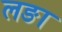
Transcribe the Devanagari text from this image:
लङा